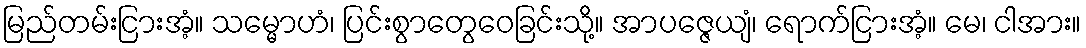
မြည်တမ်းငြားအံ့။ သမ္မောဟံ၊ ပြင်းစွာတွေဝေခြင်းသို့။ အာပဇ္ဇေယျံ၊ ရောက်ငြားအံ့။ မေ၊ ငါအား။